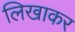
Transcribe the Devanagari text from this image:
लिखाकर